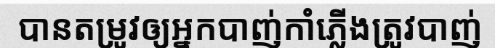
បានតម្រូវឲ្យអ្នកបាញ់កាំភ្លើងត្រូវបាញ់